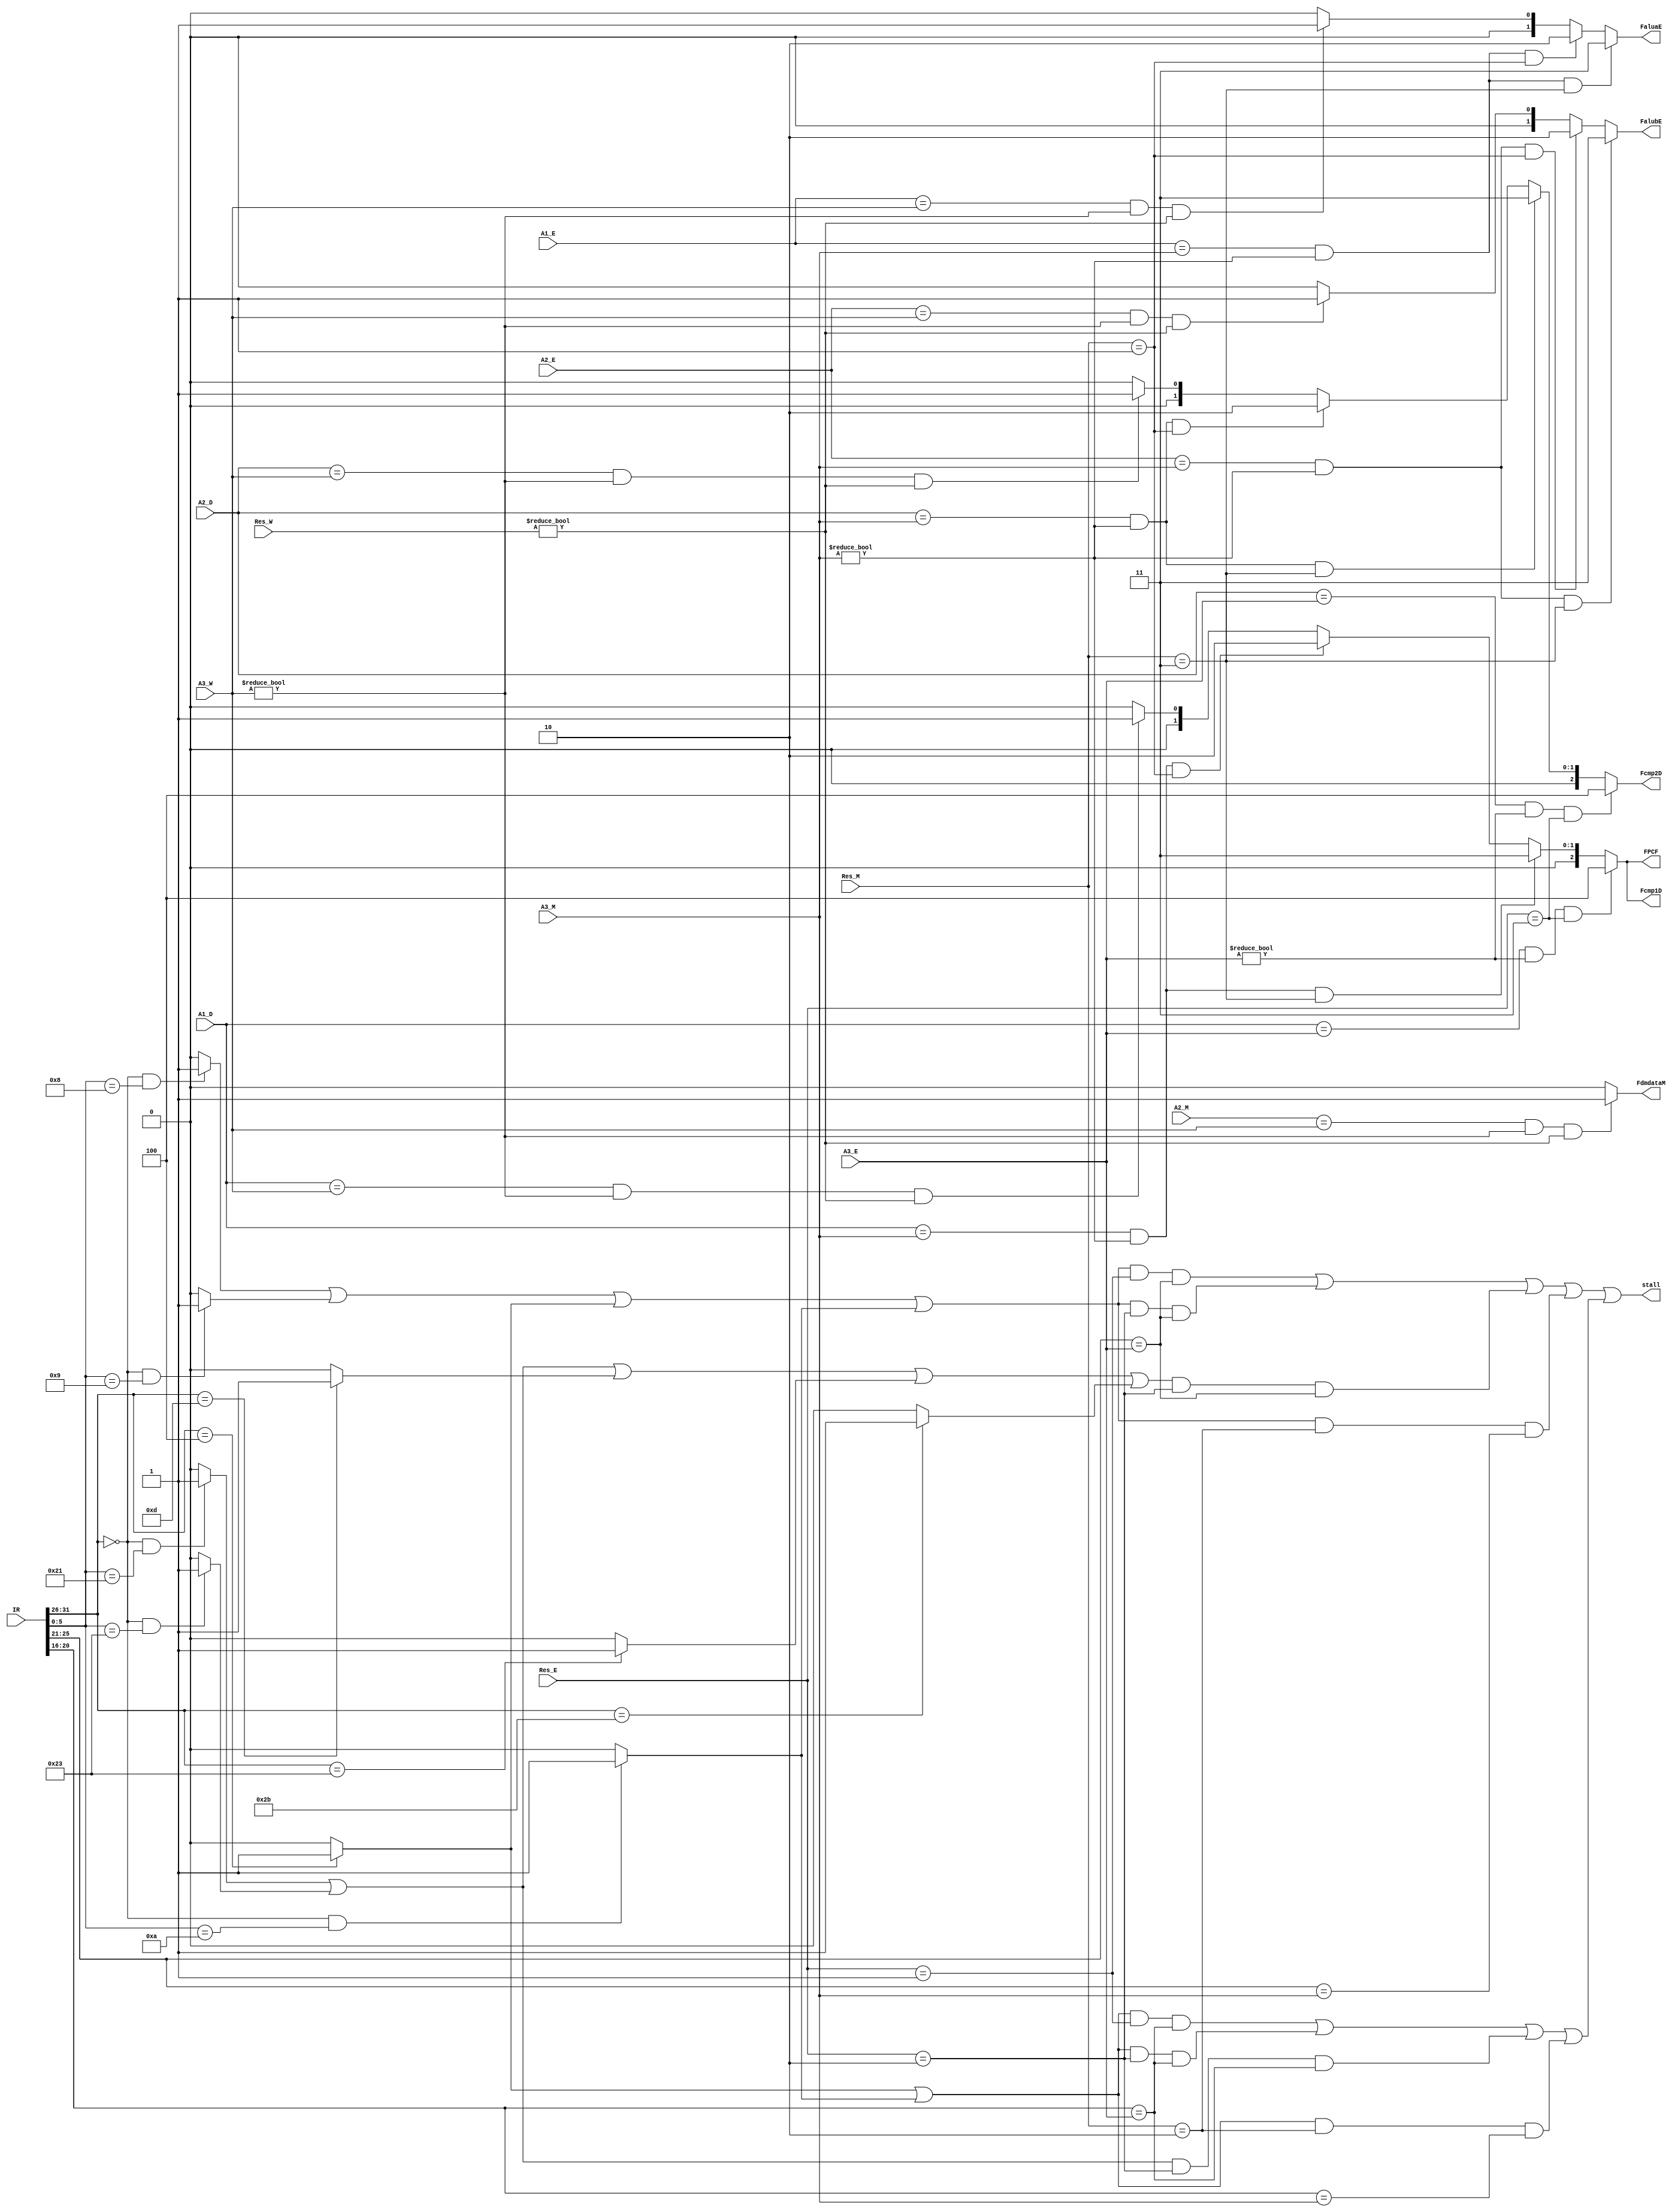
`timescale 1ns / 1ps

`define op	31:26
`define func	5:0
`define rs	25:21
`define rt	20:16

`define NW	2'b00
`define ALU 2'b01
`define DM 2'b10
`define PC 2'b11

`define EtoD_PC	3'd4
`define MtoD_PC	3'd3
`define MtoD_ALU	3'd2
`define WtoD_mux	3'd1
`define DtoD_V	3'd0

`define MtoE_PC	2'd3
`define MtoE_ALU	2'd2
`define WtoE_mux	2'd1
`define EtoE_V	2'd0

`define EtoF_PC	3'd4
`define MtoF_PC	3'd3
`define MtoF_ALU	3'd2
`define WtoF_mux	3'd1
`define FtoF_V	3'd0

`define WtoM_mux 1'b1
`define MtoM_V	1'b0

`define addu	6'b100001
`define subu	6'b100011
`define jr	6'b001000
`define jalr	6'b001001
`define ori	6'b001101
`define lw	6'b100011
`define sw	6'b101011
`define beq	6'b000100
`define lui	6'b001111
`define xori	6'b001110
`define jal	6'b000011
`define j	6'b000010
`define movz	6'b001010

//////////////////////////////////////////////////////////////////////////////////
// Company: 
// Engineer: 
// 
// Design Name: 
// Module Name:    hazard 
// Project Name: 
// Target Devices: 
// Tool versions: 
// Description: 
//
// Dependencies: 
//
// Revision: 
// Revision 0.01 - File Created
// Additional Comments: 
//
//////////////////////////////////////////////////////////////////////////////////
module hazard(
	input [31:0] IR,
	input [1:0] Res_E,
	input [1:0] Res_M,
	input [1:0] Res_W,
	input [4:0] A3_E,
	input [4:0] A3_M,
	input [4:0] A3_W,
	input [4:0] A1_D,
	input [4:0] A2_D,
	input [4:0] A1_E,
	input [4:0] A2_E,
	input [4:0] A2_M,
	output stall,
	output [2:0] Fcmp1D,
	output [2:0] Fcmp2D,
	output [1:0] FaluaE,
	output [1:0] FalubE,
	output [2:0] FPCF,
	output FdmdataM
    );
	 /**/
	wire addu = (IR[`op] == 6'b0 && IR[`func] == `addu) ? 1 : 0;
	wire subu = (IR[`op] == 6'b0 && IR[`func] == `subu) ? 1 : 0;
	wire jr = (IR[`op] == 6'b0 && IR[`func] == `jr) ? 1 : 0;
	wire jalr = (IR[`op] == 6'b0 && IR[`func] == `jalr) ? 1 : 0;
	wire ori = (IR[`op] == `ori) ? 1 : 0;
	wire lw = (IR[`op] == `lw) ? 1 : 0;
	wire sw = (IR[`op] == `sw) ? 1 : 0;
	wire beq = (IR[`op] == `beq) ? 1 : 0;
	wire lui = (IR[`op] == `lui) ? 1 : 0;
	wire xori = (IR[`op] == `xori) ? 1 : 0;
	wire jal = (IR[`op] == `jal) ? 1 : 0;
	wire j = (IR[`op] == `j) ? 1 : 0;
	wire movz = (IR[`op] == 6'b0 && IR[`func] == `movz) ? 1 : 0;
	/*TuseDcycle*/
	wire Tuse_RS0 = jr | jalr | beq | movz;
	wire Tuse_RS1 = addu | subu | ori | lw | sw;
	wire Tuse_RT0 = beq | movz;
	wire Tuse_RT1 = addu | subu;
	wire Tuse_RT2 = sw;
	
	wire stall_RS0_E1 = Tuse_RS0 & (Res_E == `ALU) & (IR[`rs] == A3_E);
	wire stall_RS0_E2 = Tuse_RS0 & (Res_E == `DM) & (IR[`rs] == A3_E);
	wire stall_RS1_E2 = Tuse_RS1 & (Res_E == `DM) & (IR[`rs] == A3_E);
	wire stall_RS0_M1 = Tuse_RS0 & (Res_M == `DM) & (IR[`rs] == A3_M);
	
	wire stall_RT0_E1 = Tuse_RT0 & (Res_E == `ALU) & (IR[`rt] == A3_E);
	wire stall_RT0_E2 = Tuse_RT0 & (Res_E == `DM) & (IR[`rt] == A3_E);
	wire stall_RT1_E2 = Tuse_RT1 & (Res_E == `DM) & (IR[`rt] == A3_E);
	wire stall_RT0_M1 = Tuse_RT0 & (Res_M == `DM) & (IR[`rt] == A3_M);
	
	wire stall_RS = stall_RS0_E1 |  stall_RS0_E2 | stall_RS1_E2 | stall_RS0_M1;
	wire stall_RT = stall_RT0_E1 | stall_RT0_E2 | stall_RT1_E2 | stall_RT0_M1;
	
	assign stall = stall_RS | stall_RT;
	/*mux*/
	assign Fcmp1D = ((A1_D == A3_E) && (A3_E != 5'd0) && (Res_E == `PC)) ? `EtoD_PC :
						 ((A1_D == A3_M) && (A3_M != 5'd0) && (Res_M == `PC)) ? `MtoD_PC :
						 ((A1_D == A3_M) && (A3_M != 5'd0) && (Res_M == `ALU)) ? `MtoD_ALU :
						 ((A1_D == A3_W) && (A3_W != 5'd0) && (Res_W != `NW)) ? `WtoD_mux : `DtoD_V;
	assign Fcmp2D = ((A2_D == A3_E) && (A3_E != 5'd0) && (Res_E == `PC)) ? `EtoD_PC :
						 ((A2_D == A3_M) && (A3_M != 5'd0) && (Res_M == `PC)) ? `MtoD_PC :
						 ((A2_D == A3_M) && (A3_M != 5'd0) && (Res_M == `ALU)) ? `MtoD_ALU :
						 ((A2_D == A3_W) && (A3_W != 5'd0) && (Res_W != `NW)) ? `WtoD_mux : `DtoD_V;
	assign FaluaE = ((A1_E == A3_M) && (A3_M != 5'd0) && (Res_M == `PC)) ? `MtoE_PC :
						 ((A1_E == A3_M) && (A3_M != 5'd0) && (Res_M == `ALU)) ? `MtoE_ALU :
						 ((A1_E == A3_W) && (A3_W != 5'd0) && (Res_W != `NW)) ? `WtoE_mux : `EtoE_V;
	assign FalubE = ((A2_E == A3_M) && (A3_M != 5'd0) && (Res_M == `PC)) ? `MtoE_PC :
						 ((A2_E == A3_M) && (A3_M != 5'd0) && (Res_M == `ALU)) ? `MtoE_ALU :
						 ((A2_E == A3_W) && (A3_W != 5'd0) && (Res_W != `NW)) ? `WtoE_mux : `EtoE_V;
	assign FdmdataM = ((A2_M == A3_W) && (A3_W != 5'd0) && (Res_W != `NW)) ? `WtoM_mux : `MtoM_V;
	assign FPCF = ((A1_D == A3_E) && (A3_E != 5'd0) && (Res_E == `PC)) ? `EtoF_PC :
					  ((A1_D == A3_M) && (A3_M != 5'd0) && (Res_M == `PC)) ? `MtoF_PC :
					  ((A1_D == A3_M) && (A3_M != 5'd0) && (Res_M == `ALU)) ? `MtoF_ALU :
					  ((A1_D == A3_W) && (A3_W != 5'd0) && (Res_W != `NW)) ? `WtoF_mux : `FtoF_V;/*FPCFdA1_F*/

endmodule